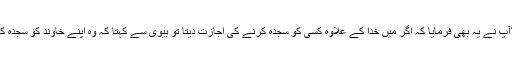
۲۳؂آپ نے یہ بھی فرمایا کہ اگر میں خدا کے علاوہ کسی کو سجدہ کرنے کی اجازت دیتا تو بیوی سے کہتا کہ وہ اپنے خاوند کو سجدہ کرے۔